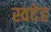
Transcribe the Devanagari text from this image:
स्वदेह